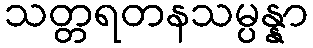
သတ္တရတနသမ္ပန္နာ